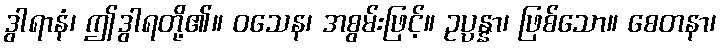
ဒွါရာနံ၊ ဤဒွါရတို့၏။ ဝသေန၊ အစွမ်းဖြင့်။ ဥပ္ပန္နာ၊ ဖြစ်သော။ စေတနာ၊